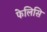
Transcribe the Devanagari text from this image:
फेलिसि